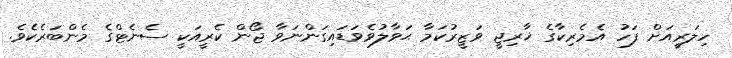
ހިލަރީއަށް ފަހު އެމެރިކާގެ ޚާރިޖީ ވަޒީރުކަމާ ޙަވާލުވެވަޑައިގަންނަވާ ޖޯން ކެރީއަކީ ސެނެޓްގެ މެންބަރެކެވެ.